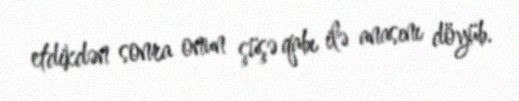
etdikdən sonra onun şüşə qabı ilə anasını döyüb.